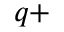
^ { q + }